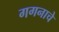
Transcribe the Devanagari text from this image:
गगनाचे